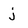
Character: j